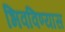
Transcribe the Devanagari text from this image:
भिवविण्यास